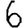
Digit: 6